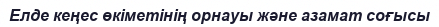
Елде кеңес өкіметінің орнауы және азамат соғысы